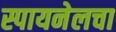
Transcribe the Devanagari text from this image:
स्पायनेलचा